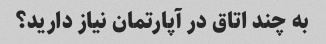
به چند اتاق در آپارتمان نیاز دارید؟